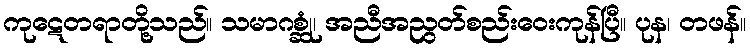
ကုဋေတရာတို့သည်။ သမာဂစ္ဆုံ၊ အညီအညွတ်စည်းဝေးကုန်ပြီ။ ပုန၊ တဖန်။